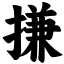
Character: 搛